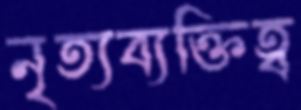
নৃত্যব্যক্তিত্ব